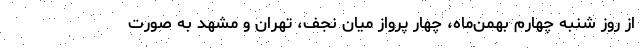
از روز شنبه چهارم بهمن‌ماه، چهار پرواز میان نجف، تهران و مشهد به صورت